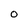
Character: O